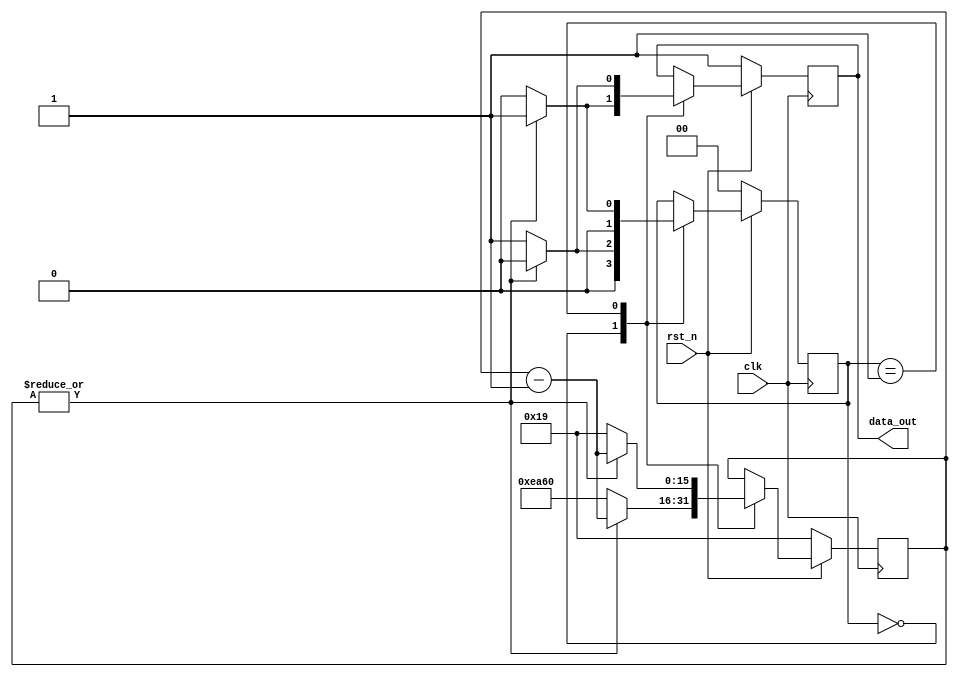
module sh_generator	(
							clk,
							rst_n,
							data_out
						);
					
input						clk;
input						rst_n;
output reg 				data_out;

localparam 	 [1:0] STATE_SH_HIGH 	 = 2'b00,
                   STATE_SH_LOW  	 = 2'b01;
						 
//localparam			 SH_HIGH				 = 24;
//localparam			 SH_LOW				 = 27500;

localparam			 SH_HIGH				 = 25;    // should be around 0.5us
localparam			 SH_LOW				 = 60000; // should be around 1.2ms = 1200us
						
reg			 [15:0]	counter;
reg			 [1:0]	state;

//=======================================================
//  Structural coding
//=======================================================

always @(posedge clk)
begin
	if	(!rst_n)  begin
			data_out <= #1 1'b1;
			state    <= #1 STATE_SH_HIGH;
			counter	<= #1 SH_HIGH;
	end else  begin
		
	case(state)
		
			STATE_SH_HIGH: begin
									if (|counter) begin
										counter	<= #1 counter - 1'b1;
										data_out <= #1 1'b1;
										state    <= #1 STATE_SH_HIGH;
									end
									
									else begin
										counter	<= #1 SH_LOW;
										data_out <= #1 1'b0;
										state    <= #1 STATE_SH_LOW;
									end
										
			end
			
			STATE_SH_LOW: begin
									if (|counter) begin
										counter	<= #1 counter - 1'b1;
										data_out <= #1 1'b0;
										state    <= #1 STATE_SH_LOW;
									end
									
									else begin
										counter	<= #1 SH_HIGH;
										data_out <= #1 1'b1;
										state    <= #1 STATE_SH_HIGH;
									end
		  end									
			
		endcase
	end
				
end

endmodule